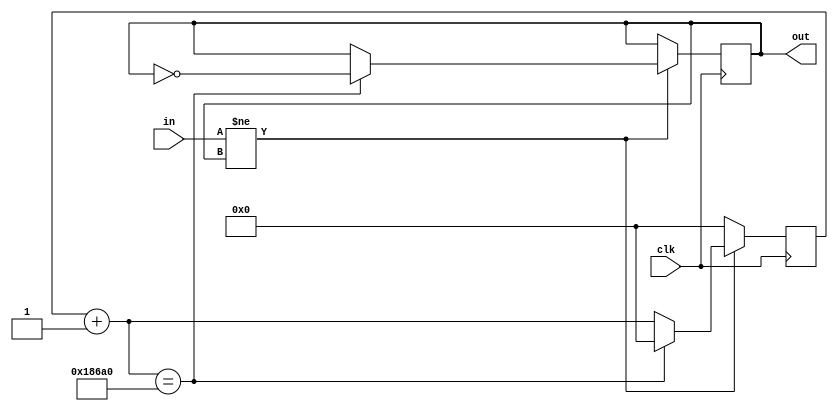
`timescale 1ns / 1ps
//////////////////////////////////////////////////////////////////////////////////
// Company: 
// Engineer: 
// 
// Design Name: 
// Module Name:    debounce 
// Project Name: 
// Target Devices: 
// Tool versions: 
// Description: 
//
// Dependencies: 
//
// Revision: 
// Revision 0.01 - File Created
// Additional Comments: 
//
//////////////////////////////////////////////////////////////////////////////////
module debounce(
	 input clk,
    input in,
    output reg out=0
	  
    );
	reg [31:0] cnt=0;
	always@(posedge clk)
		begin
			if(in!=out)
				begin
					cnt=cnt+1;
					
					if(cnt==100000)
					begin
						out=~out;
						cnt=0;
					end
					
				end
			else cnt=0;
			
		end
endmodule